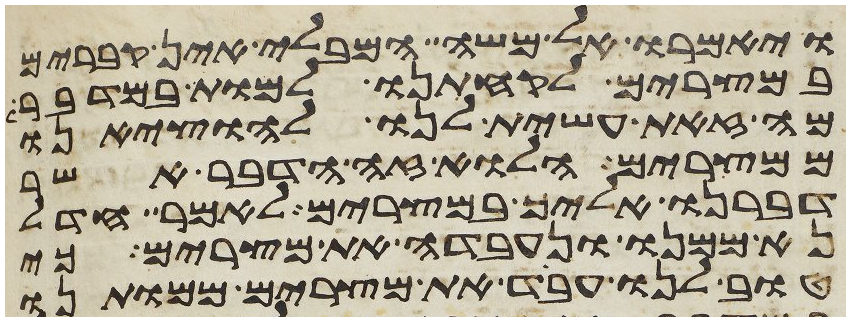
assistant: ויאמרו אל משה המבלי אין קברים
במצרים לקחתנו למות במדבר
מה זאת עשית לנו להוציאנו
ממצרים הלוא זה הדבר אשר
דברנו אליך במצרים לאמר חדל
נא ממנו ונעבדה את מצרים כי
טוב לנו עבד את מצרים ממותנו